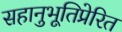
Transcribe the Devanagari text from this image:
सहानुभूतिप्रेरित